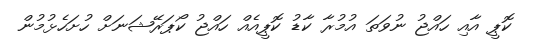
ކޮޕީ އާއި ހައްޖު ނުވަތަ އުމުރާ ކާޑު ކޮޕީއެއް ހައްޖު ކޯޕަރޭޝަނަށް ހުށަހެޅުމުން